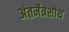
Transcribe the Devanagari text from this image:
अंतर्नेत्रशोथ